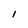
Character: I